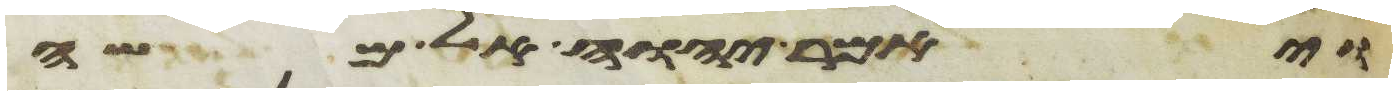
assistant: ויאמר יהוה אל משה